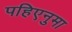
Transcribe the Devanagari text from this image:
पहिएनुमा